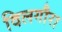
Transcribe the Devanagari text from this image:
दिलगौरा